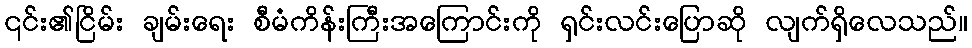
၎င်း၏ငြိမ်း ချမ်းရေး စီမံကိန်းကြီးအကြောင်းကို ရှင်းလင်းပြောဆို လျက်ရှိလေသည်။